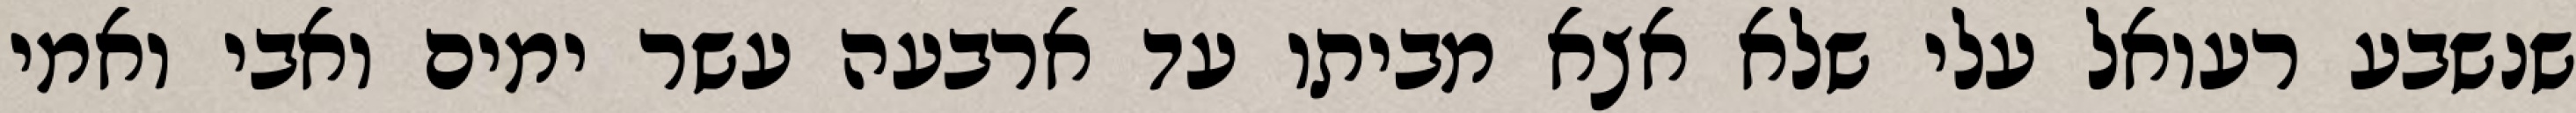
שנשבע רעואל עלי שלא אצא מביתו עד ארבעה עשר ימים ואבי ואמי